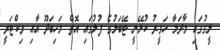
ލީގުގައި މާދަމާ ހަވީރު ކުޅޭނީ ޓޭބަލުގެ ފުލުގައި އޮތް މަހިބަދޫ އާއި ވިކްޓަރީ